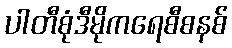
ပါတီစုံဒီမိုကရေစီစနစ်